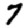
Digit: 7